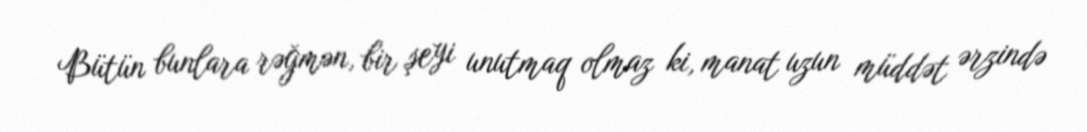
Bütün bunlara rəğmən, bir şeyi unutmaq olmaz ki, manat uzun müddət ərzində